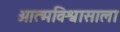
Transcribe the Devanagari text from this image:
आत्मविश्वासाला